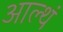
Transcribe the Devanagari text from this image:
आल्थं